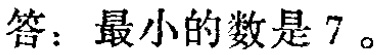
答：最小的数是 7。